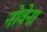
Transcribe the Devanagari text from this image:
नोवेना